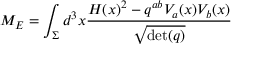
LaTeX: M _ { E } = \int _ { \Sigma } d ^ { 3 } x { \frac { H ( x ) ^ { 2 } - q ^ { a b } V _ { a } ( x ) V _ { b } ( x ) } { \sqrt { \operatorname* { d e t } ( q ) } } }